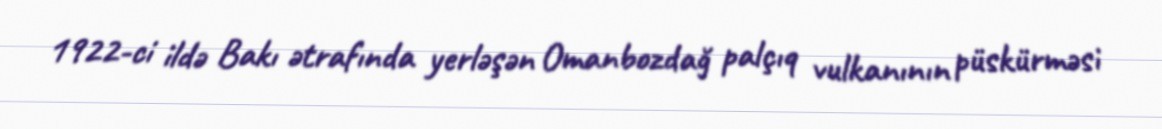
1922-ci ildə Bakı ətrafında yerləşən Omanbozdağ palçıq vulkanının püskürməsi